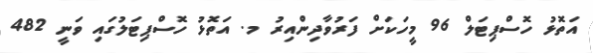
އަތޮޅު ހޮސްޕިޓަލް 96 މީހަކަށް ފަރުވާދިންއިރު މ. އަތޮޅު ހޮސްޕިޓަލުގައި ވަނީ 482